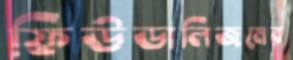
ফিউডালিজমের